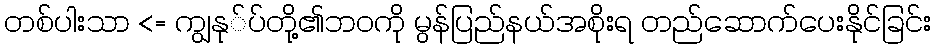
တစ်ပါးသာ <= ကျွနု်ပ်တို့၏ဘဝကို မွန်ပြည်နယ်အစိုးရ တည်ဆောက်ပေးနိုင်ခြင်း